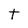
Character: t